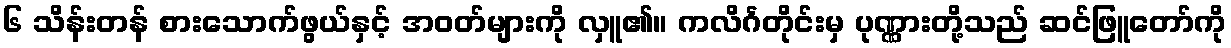
၆ သိန်းတန် စားသောက်ဖွယ်နှင့် အဝတ်များကို လှူ၏။ ကလိင်္ဂတိုင်းမှ ပုဏ္ဏားတို့သည် ဆင်ဖြူတော်ကို